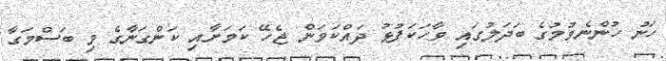
ހަނު ހުންނެވުމުގެ ބަދަލުގައި ވާހަކަފުޅު ދައްކަވަން ޖެހޭ ކަމަށާއި ކަންގަނާގެ މި ބަސްމަގާ